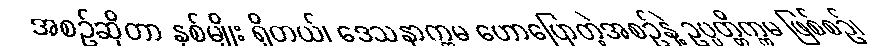
အစဉ်ဆိုတာ နှစ်မျိုး ရှိတယ်၊ ဒေသနာက္ကမ ဟောပြောတဲ့အစဉ်နဲ့ ဥပ္ပတ္တိက္ကမ ဖြစ်စဉ်၊